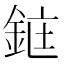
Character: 𫒜